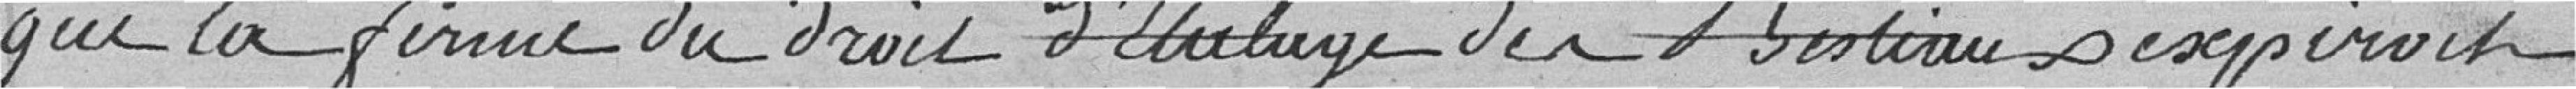
que la ferme du droit d'étalage des bestiaux expirait